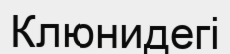
Клюнидегі